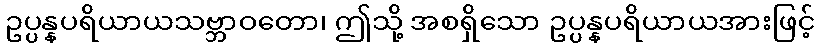
ဥပ္ပန္နပရိယာယသဗ္ဘာဝတော၊ ဤသို့ အစရှိသော ဥပ္ပန္နပရိယာယအားဖြင့်